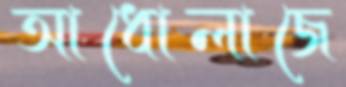
আধোলাজে